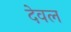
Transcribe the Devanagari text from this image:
देवल